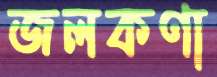
জলকণা